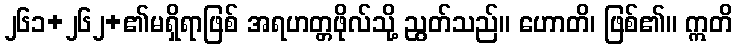
၂၆၁+၂၆၂+၏မရှိရာဖြစ် အရဟတ္တဖိုလ်သို့ ညွတ်သည်။ ဟောတိ၊ ဖြစ်၏။ ဣတိ